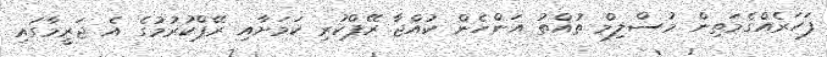
ފަހަރެއްގެމަތިން މުސްލިމް ތުއްތު އަންހެން ކުއްޖާ ރޭޕްކުރި ކަމަށާއި ރޭޕްކުރުމުގެ އެ ޖަރީމާގައި